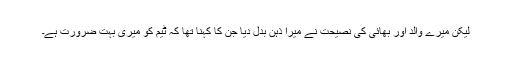
لیکن میرے والد اور بھائی کی نصیحت نے میرا ذہن بدل دیا جن کا کہنا تھا کہ ٹیم کو میری بہت ضرورت ہے۔